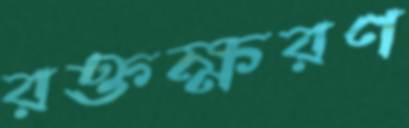
রক্তক্ষরণ